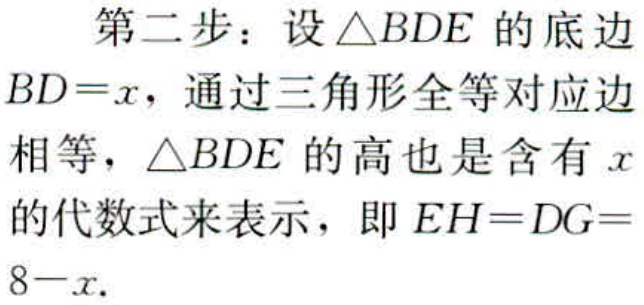
第二步：设\(\triangle BDE\)的底边\(BD = x\)，通过三角形全等对应边相等，\(\triangle BDE\)的高也是含有\(x\)的代数式来表示，即\(EH = DG=8 - x\).